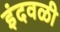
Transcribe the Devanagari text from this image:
इंदवळी